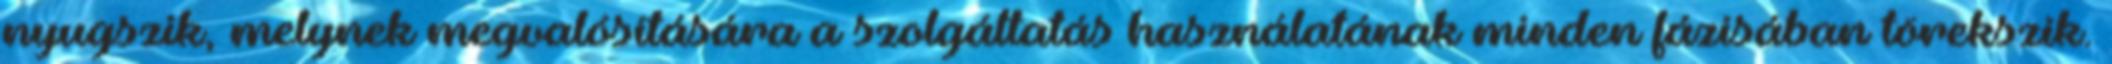
nyugszik, melynek megvalósítására a szolgáltatás használatának minden fázisában törekszik.